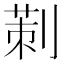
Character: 𠞁